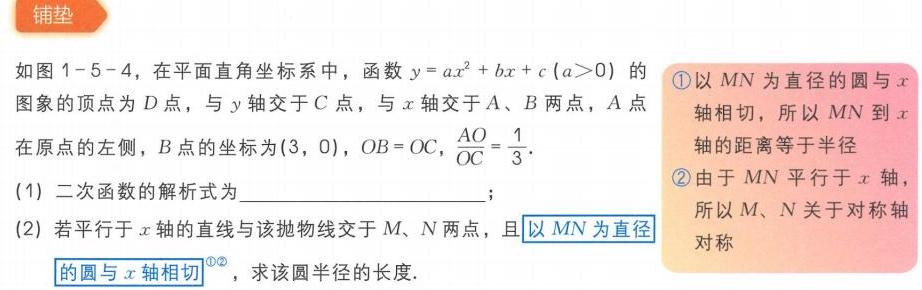
铺垫
如图1 - 5 - 4，在平面直角坐标系中，函数\(y = ax^{2}+bx + c(a>0)\)的图象的顶点为\(D\)，与\(y\)轴交于\(C\)点，与\(x\)轴交于\(A、B\)两点，\(A\)点在原点的左侧，\(B\)点的坐标为\((3,0)\)，\(OB = OC\)，\(\frac{AO}{OC}=\frac{1}{3}\).
(1) 二次函数的解析式为  ；
(2) 若平行于\(x\)轴的直线与该抛物线交于\(M、N\)两点，且以\(MN\)为直径的圆与\(x\)轴相切\(^{\textcircled{1}\textcircled{2}}\)，求该圆半径的长度.
\textcircled{1}以\(MN\)为直径的圆与\(x\)轴相切，所以\(MN\)到\(x\)轴的距离等于半径
\textcircled{2}由于\(MN\)平行于\(x\)轴，所以\(M、N\)关于对称轴对称